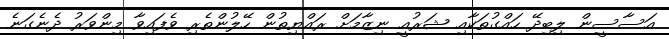
އަސާސީން ލިބިދޭ ހައްގުތަކާއި ޝަރުއީ ނިޒާމަށް ރައްޔިތުން ހޭލުންތެރި ވެފައިވާ މިންވަރު ދެނެގަނެ